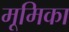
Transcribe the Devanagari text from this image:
मूमिका